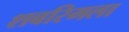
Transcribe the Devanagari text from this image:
शबरिमला